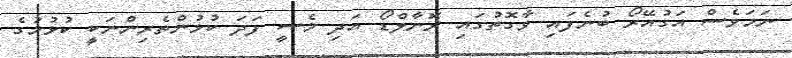
ނަމަވެސް އަގުއޭރޯ ބުނެފައި ވާގޮތުގައި ރޮނާލްޑޯ އަދި މެސީ ފަދަ ކުޅުންތެރިންނަކީ ކުޅުމުގެ